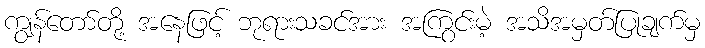
ကျွန်တော်တို့ အနေဖြင့် ဘုရားသခင်အား အကြွင်းမဲ့ အသိအမှတ်ပြုချက်မှ